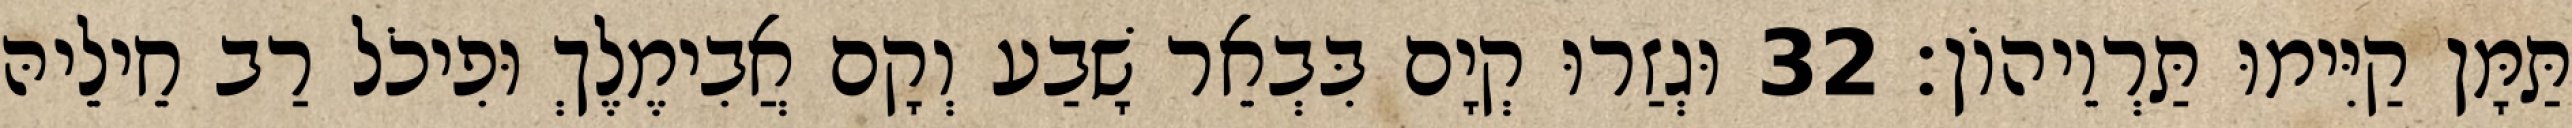
תַּמָּן קַיִּימוּ תַּרְוֵיהוֹן׃ 32 וּגְזַרוּ קְיָם בִּבְאֵר שָׁבַע וְקָם אֲבִימֶלֶךְ וּפִיכֹל רַב חֵילֵיהּ